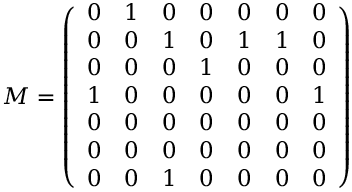
M = \left( \begin{array} { c c c c c c c } { 0 } & { 1 } & { 0 } & { 0 } & { 0 } & { 0 } & { 0 } \\ { 0 } & { 0 } & { 1 } & { 0 } & { 1 } & { 1 } & { 0 } \\ { 0 } & { 0 } & { 0 } & { 1 } & { 0 } & { 0 } & { 0 } \\ { 1 } & { 0 } & { 0 } & { 0 } & { 0 } & { 0 } & { 1 } \\ { 0 } & { 0 } & { 0 } & { 0 } & { 0 } & { 0 } & { 0 } \\ { 0 } & { 0 } & { 0 } & { 0 } & { 0 } & { 0 } & { 0 } \\ { 0 } & { 0 } & { 1 } & { 0 } & { 0 } & { 0 } & { 0 } \end{array} \right)